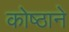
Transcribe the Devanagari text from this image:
कोष्ठाने